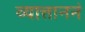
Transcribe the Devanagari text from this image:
व्यात्ताननं